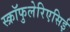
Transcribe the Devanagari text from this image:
स्क्रॉफुलेरिएसिई